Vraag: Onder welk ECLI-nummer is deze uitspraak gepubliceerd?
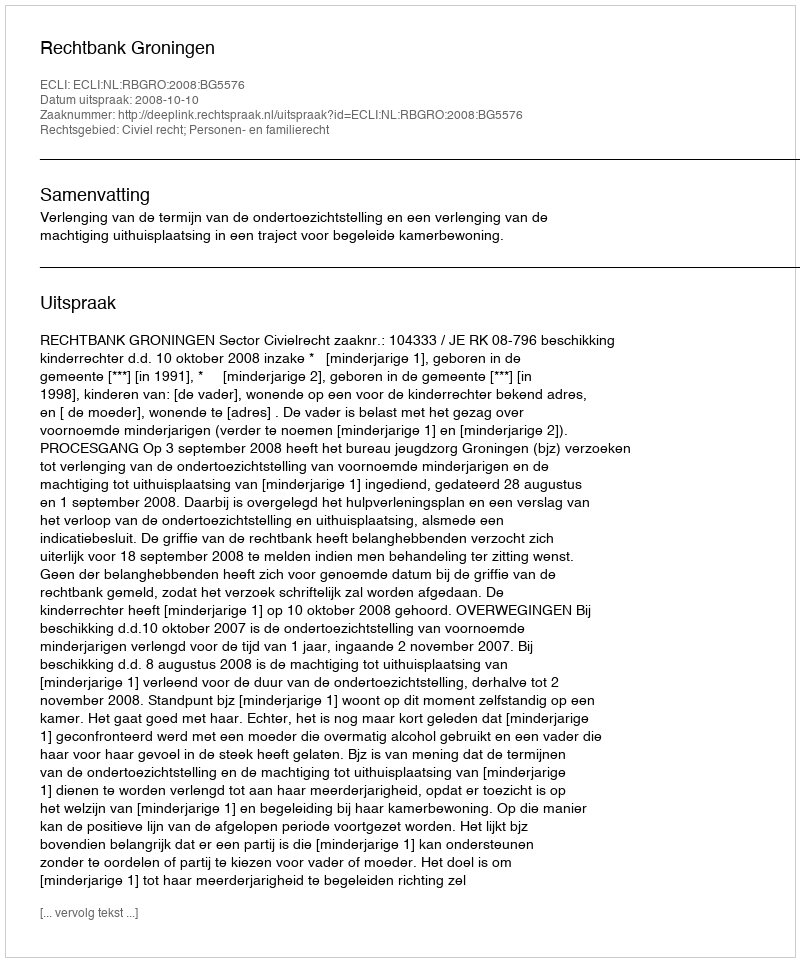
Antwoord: ECLI:NL:RBGRO:2008:BG5576